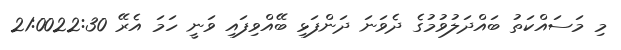
މި މަސައްކަތު ބައްދަލުވުމުގެ ދެވަނަ ދަންފަޅި ބޭއްވިފައި ވަނީ ހަމަ އެރޭ 21:0022:30